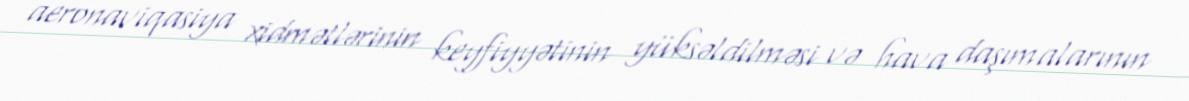
aeronaviqasiya xidmətlərinin keyfiyyətinin yüksəldilməsi və hava daşımalarının